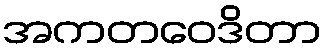
အကတဝေဒိတာ